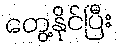
တွေ့နိုင်ပြီး